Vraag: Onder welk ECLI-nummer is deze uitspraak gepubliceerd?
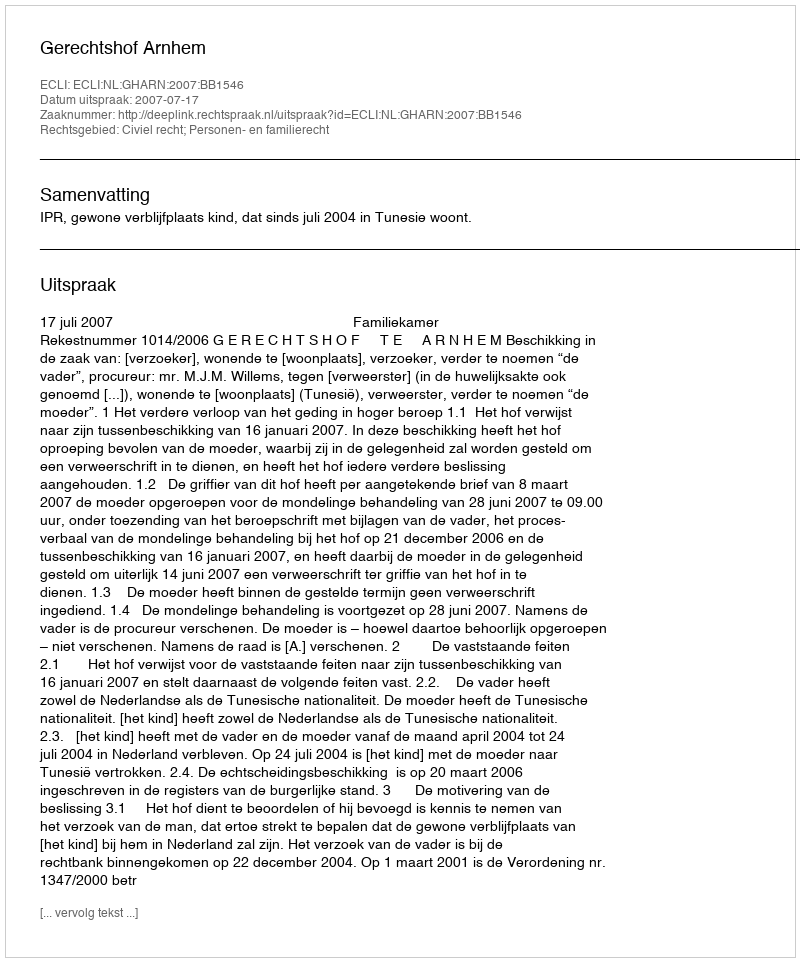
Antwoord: ECLI:NL:GHARN:2007:BB1546